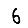
Digit: 6